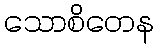
သောစိတေန